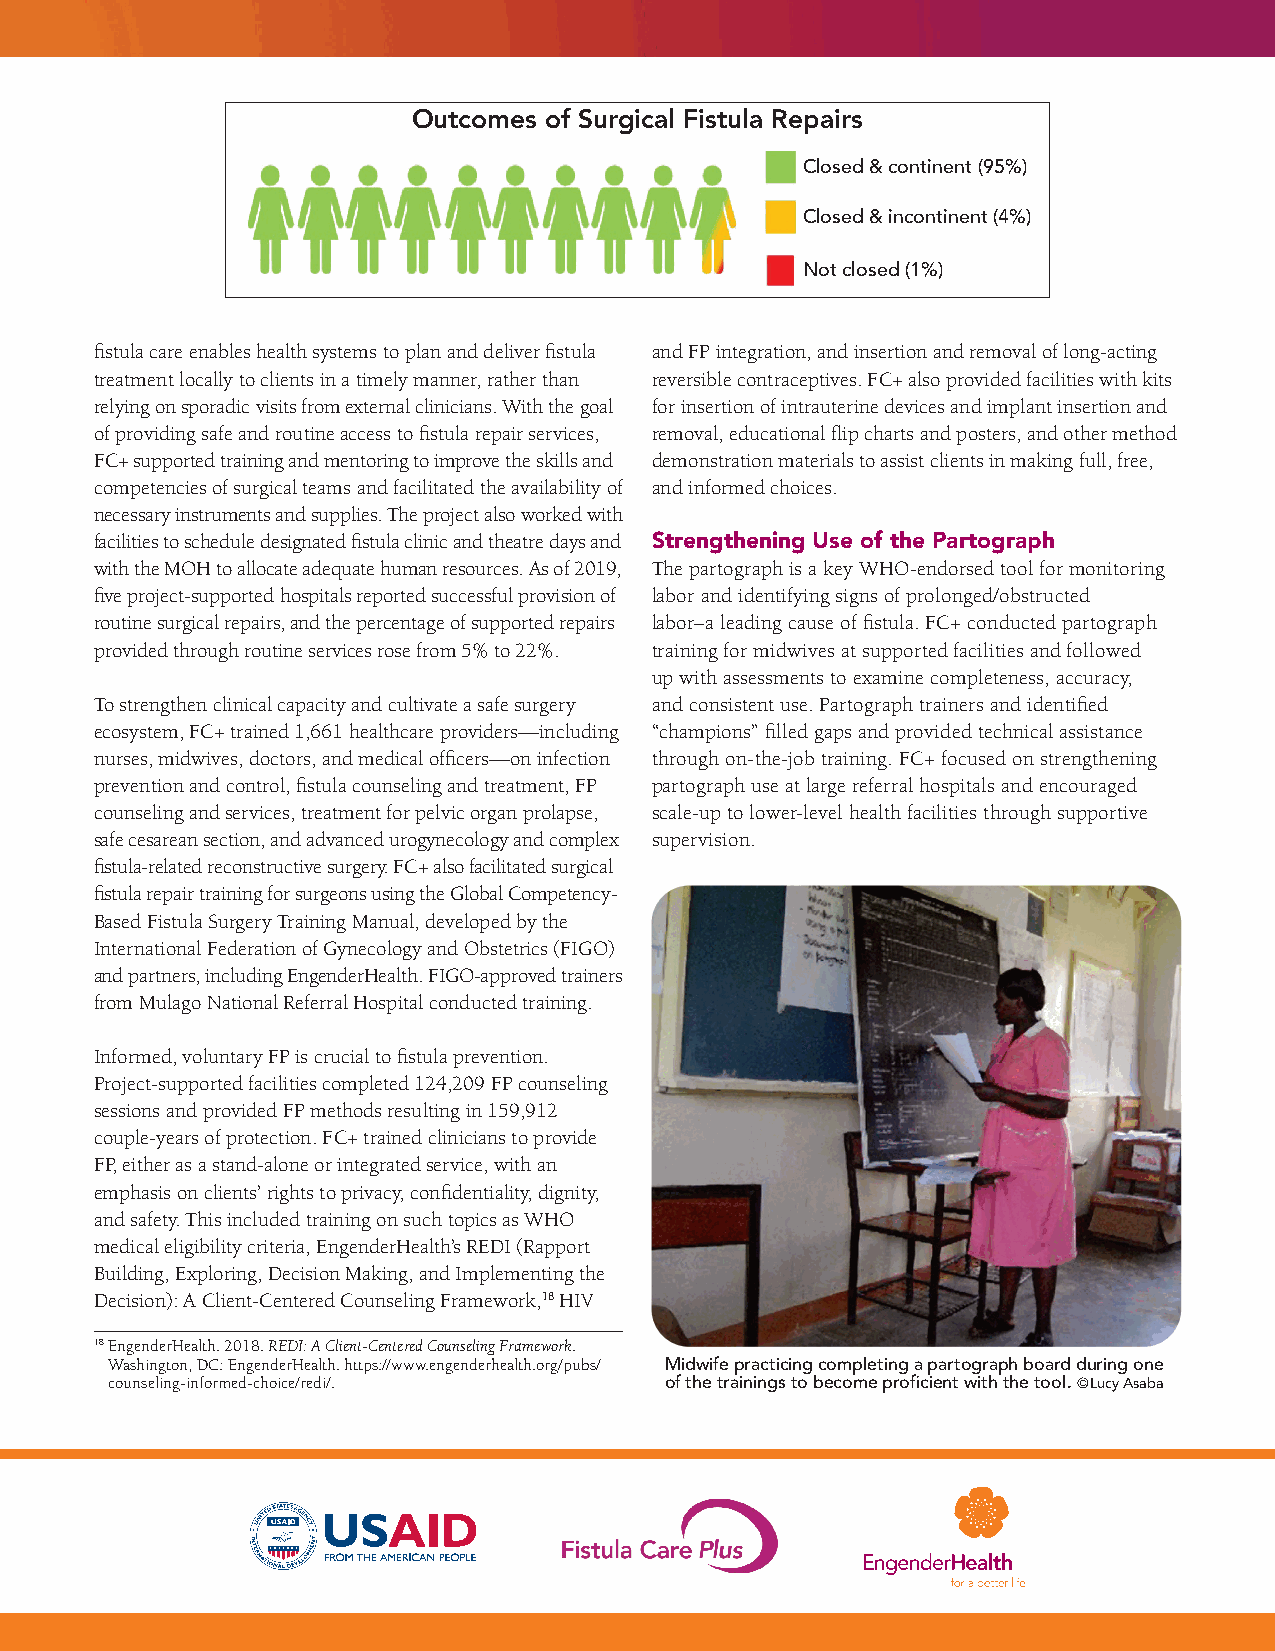
Outcomes of Surgical Fistula Repairs
 Closed & continent (95%)
 Closed & incontinent (4%)
 Not closed (1%)
 fistula care enables health systems to plan and deliver fistula and FP integration, and insertion and removal of long-acting
 treatment locally to clients in a timely manner, rather than reversible contraceptives. FC+ also provided facilities with kits
 relying on sporadic visits from external clinicians. With the goal for insertion of intrauterine devices and implant insertion and
 of providing safe and routine access to fistula repair services, removal, educational flip charts and posters, and other method
 FC+ supported training and mentoring to improve the skills and demonstration materials to assist clients in making full, free,
 competencies of surgical teams and facilitated the availability of and informed choices.
 necessary instruments and supplies. The project also worked with
 facilities to schedule designated fistula clinic and theatre days and Strengthening Use of the Partograph
 with the MOH to allocate adequate human resources. As of 2019, The partograph is a key WHO-endorsed tool for monitoring
 five project-supported hospitals reported successful provision of labor and identifying signs of prolonged/obstructed
 routine surgical repairs, and the percentage of supported repairs labor–a leading cause of fistula. FC+ conducted partograph
 provided through routine services rose from 5% to 22%. training for midwives at supported facilities and followed
 up with assessments to examine completeness, accuracy,
 To strengthen clinical capacity and cultivate a safe surgery and consistent use. Partograph trainers and identified
 ecosystem, FC+ trained 1,661 healthcare providers—including “champions” filled gaps and provided technical assistance
 nurses, midwives, doctors, and medical officers—on infection through on-the-job training. FC+ focused on strengthening
 prevention and control, fistula counseling and treatment, FP partograph use at large referral hospitals and encouraged
 counseling and services, treatment for pelvic organ prolapse, scale-up to lower-level health facilities through supportive
 safe cesarean section, and advanced urogynecology and complex supervision.
 fistula-related reconstructive surgery. FC+ also facilitated surgical
 fistula repair training for surgeons using the Global Competency-
 Based Fistula Surgery Training Manual, developed by the
 International Federation of Gynecology and Obstetrics (FIGO)
 and partners, including EngenderHealth. FIGO-approved trainers
 from Mulago National Referral Hospital conducted training.
 Informed, voluntary FP is crucial to fistula prevention.
 Project-supported facilities completed 124,209 FP counseling
 sessions and provided FP methods resulting in 159,912
 couple-years of protection. FC+ trained clinicians to provide
 FP, either as a stand-alone or integrated service, with an
 emphasis on clients’ rights to privacy, confidentiality, dignity,
 and safety. This included training on such topics as WHO
 medical eligibility criteria, EngenderHealth’s REDI (Rapport
 Building, Exploring, Decision Making, and Implementing the
 Decision): A Client-Centered Counseling Framework,18 HIV
 18 EngenderHealth. 2018. REDI: A Client-Centered Counseling Framework.
 Washington, DC: EngenderHealth. https://www.engenderhealth.org/pubs/ Midwife practicing completing a partograph board during one
 counseling-informed-choice/redi/.    of the trainings to become proficient with the tool. ©Lucy Asaba